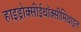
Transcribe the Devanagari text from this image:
हाइड्रोक्सीईथॉक्सीमिथाइल